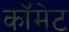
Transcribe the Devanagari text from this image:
कॉमेट